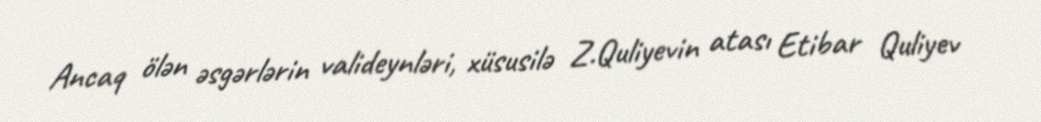
Ancaq ölən əsgərlərin valideynləri, xüsusilə Z.Quliyevin atası Etibar Quliyev